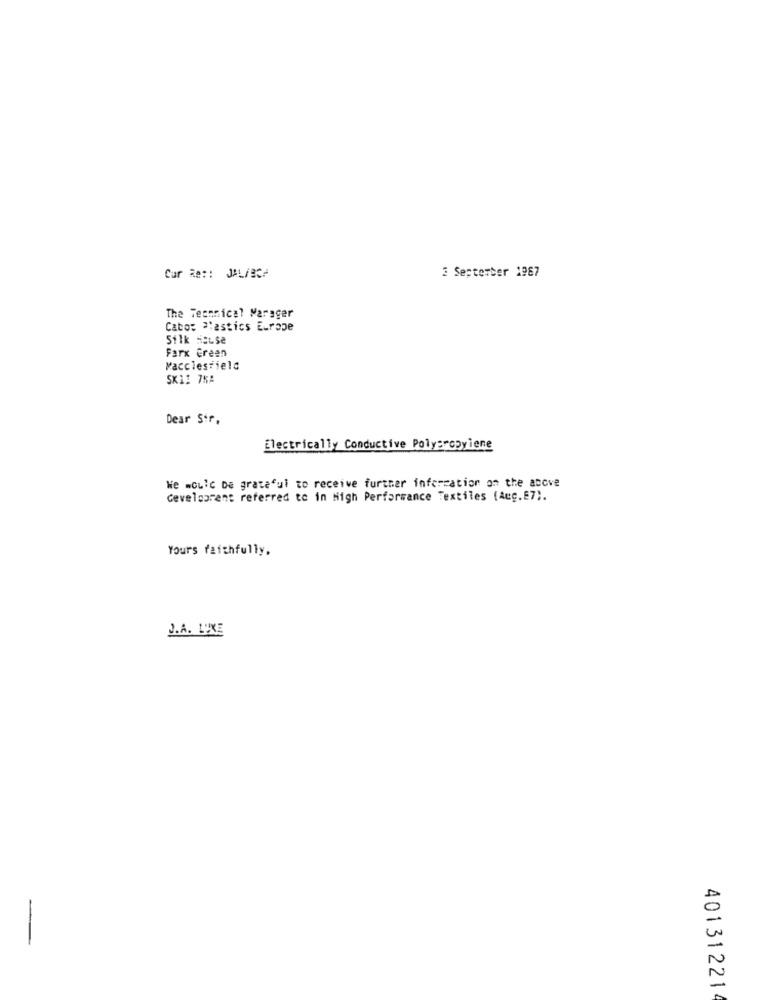
Cur Re :: JAL/BCA
3 September 1987
The Technical Marager
Cabos Plastics Europe
Silk MELse
Farx Green
Macclesfield
SKI1 7KA
Dear Sir,
Electrically Conductive Polypropylene
We would be grateful to receive further information on the above
Gevelparent referred to in high Performance Textiles (Aug.E7).
Yours faithfully.
J.A. LUXE
40131221